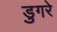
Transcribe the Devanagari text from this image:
डुगरे